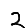
Digit: 2